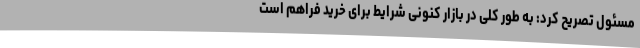
مسئول تصریح کرد: به طور کلی در بازار کنونی شرایط برای خرید فراهم است